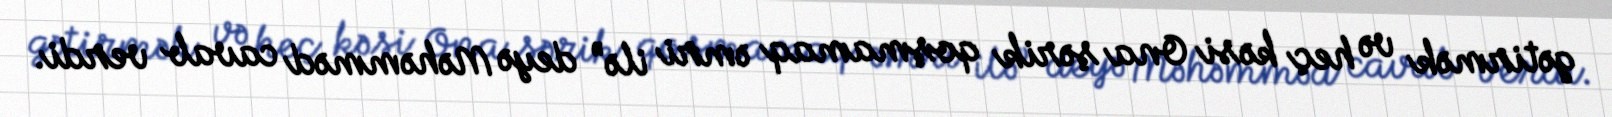
gətirmək və heç kəsi Ona şərik qoşmamaq əmri ilə” deyə Məhəmməd cavab verdi.